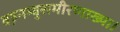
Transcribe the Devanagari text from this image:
वह़नम्‍बुसमीरणाख्‍या।